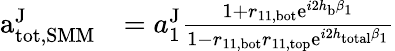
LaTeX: \begin{array}{rl}{\mathrm{a}_{\mathrm{tot,SMM}}^{\mathrm{J}}}&{=a_{1}^{\mathrm{J}}\frac{1+r_{11,\mathrm{bot}}\mathrm{e}^{i2h_{\mathrm{b}}\beta_{1}}}{1-r_{11,\mathrm{bot}}r_{11,\mathrm{top}}\mathrm{e}^{i2h_{\mathrm{total}}\beta_{1}}}}\end{array}